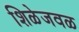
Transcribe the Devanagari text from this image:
शिळेजवळ